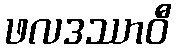
ဖလဒဿာဝီ